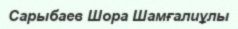
Сарыбаев Шора Шамғалиұлы